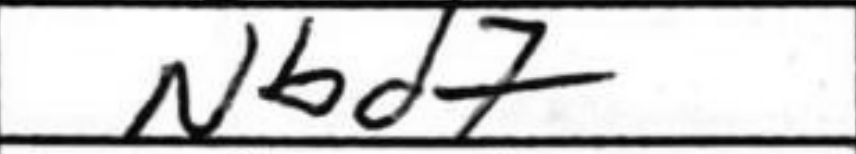
Transcription: Nbd7